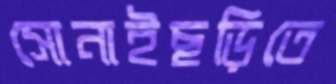
সোনাইছড়িতে